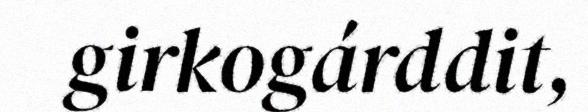
girkogárddit,